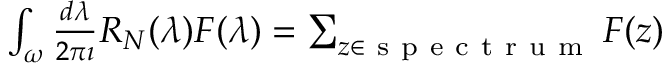
\begin{array} { r } { \int _ { \omega } \frac { d \lambda } { 2 \pi \imath } R _ { N } ( \lambda ) F ( \lambda ) = \sum _ { z \in \mathrm { ~ s ~ p ~ e ~ c ~ t ~ r ~ u ~ m ~ } } F ( z ) } \end{array}